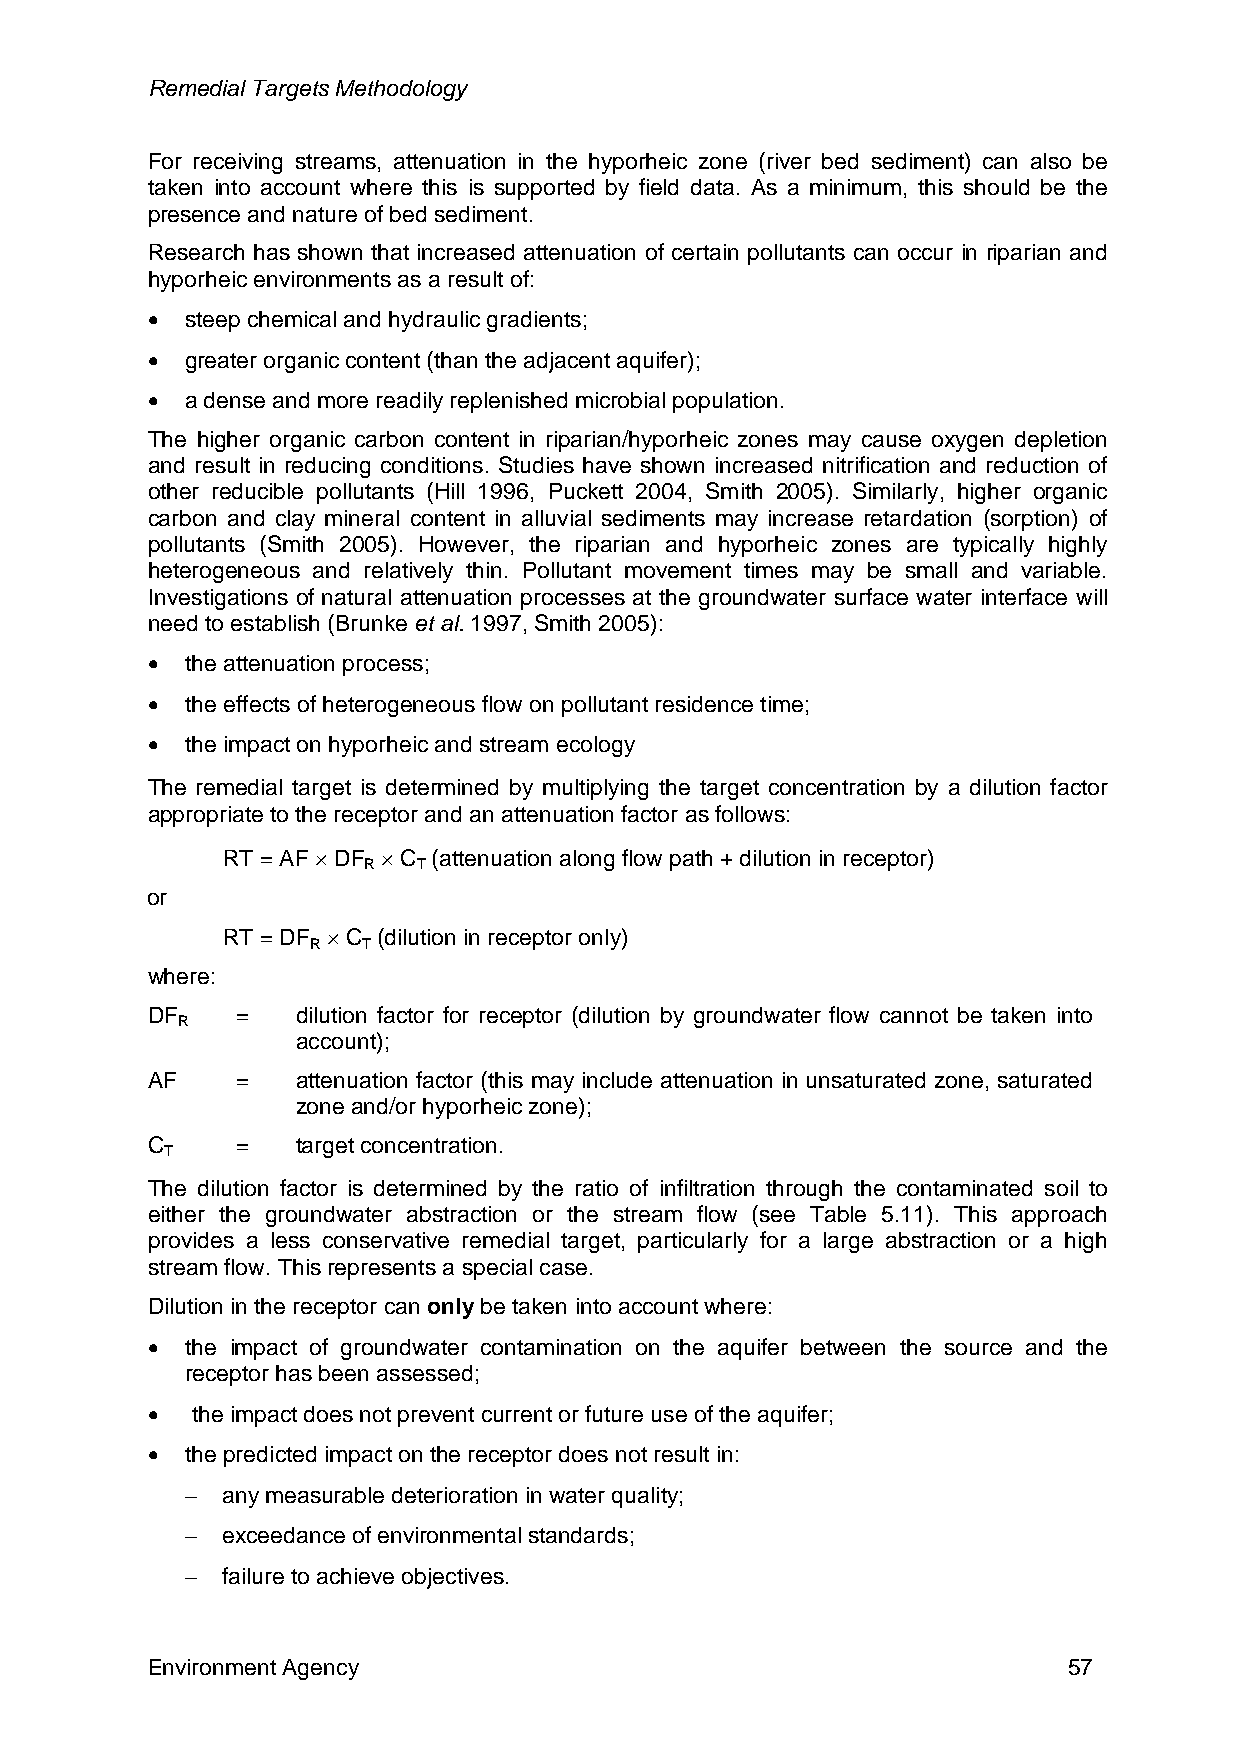
Remedial Targets Methodology
 For receiving streams, attenuation in the hyporheic zone (river bed sediment) can also be
 taken into account where this is supported by field data. As a minimum, this should be the
 presence and nature of bed sediment.
 Research has shown that increased attenuation of certain pollutants can occur in riparian and
 hyporheic environments as a result of:
 • steep chemical and hydraulic gradients;
 • greater organic content (than the adjacent aquifer);
 • a dense and more readily replenished microbial population.
 The higher organic carbon content in riparian/hyporheic zones may cause oxygen depletion
 and result in reducing conditions. Studies have shown increased nitrification and reduction of
 other reducible pollutants (Hill 1996, Puckett 2004, Smith 2005). Similarly, higher organic
 carbon and clay mineral content in alluvial sediments may increase retardation (sorption) of
 pollutants (Smith 2005). However, the riparian and hyporheic zones are typically highly
 heterogeneous and relatively thin. Pollutant movement times may be small and variable.
 Investigations of natural attenuation processes at the groundwater surface water interface will
 need to establish (Brunke et al. 1997, Smith 2005):
 • the attenuation process;
 • the effects of heterogeneous flow on pollutant residence time;
 • the impact on hyporheic and stream ecology
 The remedial target is determined by multiplying the target concentration by a dilution factor
 appropriate to the receptor and an attenuation factor as follows:
 RT = AF × DF × C (attenuation along flow path + dilution in receptor)
 R   T
 or
 RT = DF × C (dilution in receptor only)
 R  T
 where:
 DF    =   dilution factor for receptor (dilution by groundwater flow cannot be taken into
 R
 account);
 AF    =   attenuation factor (this may include attenuation in unsaturated zone, saturated
 zone and/or hyporheic zone);
 C     =   target concentration.
 T
 The dilution factor is determined by the ratio of infiltration through the contaminated soil to
 either the groundwater abstraction or the stream flow (see Table 5.11). This approach
 provides a less conservative remedial target, particularly for a large abstraction or a high
 stream flow. This represents a special case.
 Dilution in the receptor can only be taken into account where:
 • the impact of groundwater contamination on the aquifer between the source and the
 receptor has been assessed;
 •  the impact does not prevent current or future use of the aquifer;
 • the predicted impact on the receptor does not result in:
 −  any measurable deterioration in water quality;
 −  exceedance of environmental standards;
 −  failure to achieve objectives.
 Environment Agency                                           57